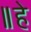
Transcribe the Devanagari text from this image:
॥हे